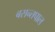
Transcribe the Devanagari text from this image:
बसन्तपाल